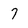
Character: 7